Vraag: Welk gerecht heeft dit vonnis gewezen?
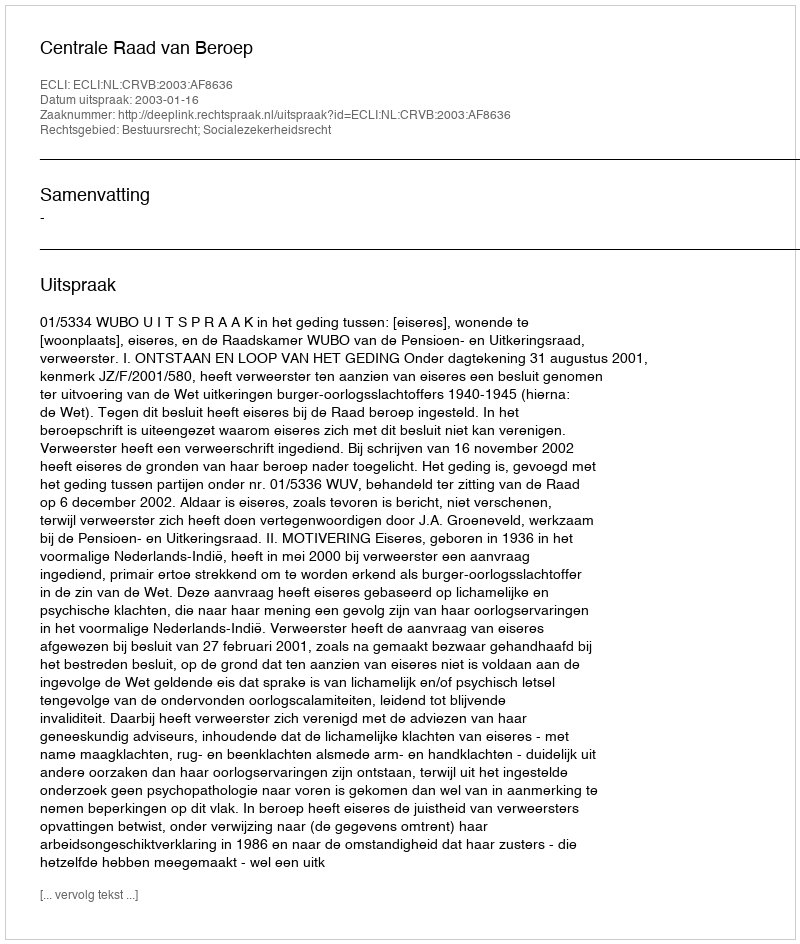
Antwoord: Centrale Raad van Beroep